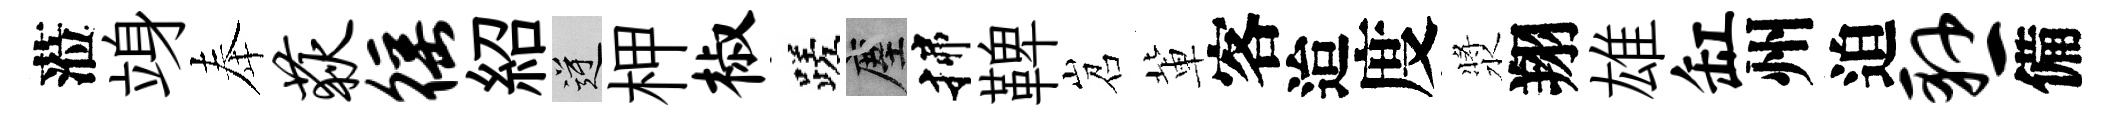
蒞竧奉荻徭紹逆柙椒蹉塵揲鞞岧軰客迨度漿翔雄缸州迫悬備